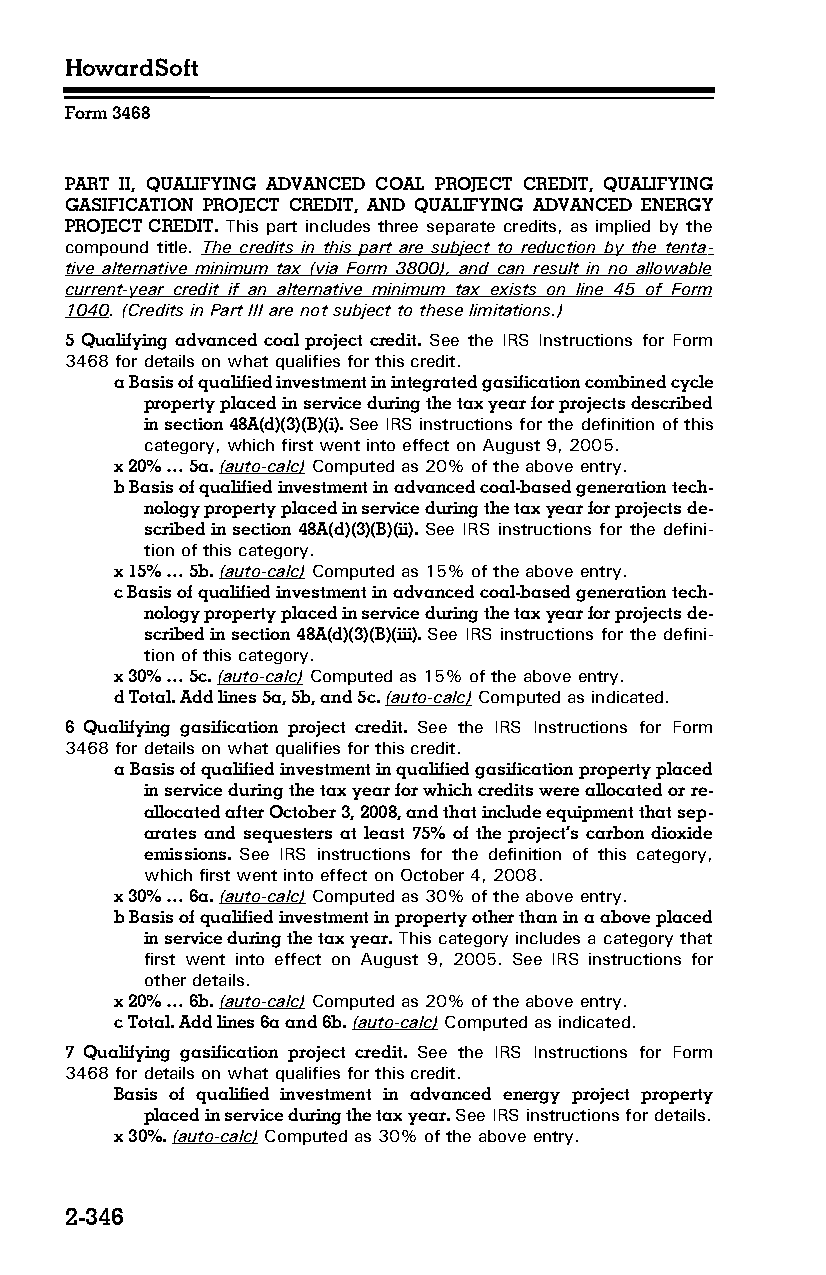
HowardSoft
 Form 3468
 PART II, QUALIFYING ADVANCED COAL PROJECT CREDIT, QUALIFYING
 GASIFICATION PROJECT CREDIT, AND QUALIFYING ADVANCED ENERGY
 PROJECT CREDIT. This part includes three separate credits, as implied by the
 compound title. The credits in this part are subject to reduction by the tenta­
 tive alternative minimum tax (via Form 3800), and can result in no allowable
 current-year credit if an alternative minimum tax exists on line 45 of Form
 1040. (Credits in Part III are not subject to these limitations.)
 5 Qualifying advanced coal project credit. See the IRS Instructions for Form
 3468 for details on what qualifies for this credit.
 a Basis of qualified investment in integrated gasification combined cycle
 property placed in service during the tax year for projects described
 in section 48A(d)(3)(B)(i). See IRS instructions for the definition of this
 category, which first went into effect on August 9, 2005.
 x 20% … 5a. (auto-calc) Computed as 20% of the above entry.
 b Basis of qualified investment in advanced coal-based generation tech­
 nology property placed in service during the tax year for projects de­
 scribed in section 48A(d)(3)(B)(ii). See IRS instructions for the defini­
 tion of this category.
 x 15% … 5b. (auto-calc) Computed as 15% of the above entry.
 c Basis of qualified investment in advanced coal-based generation tech­
 nology property placed in service during the tax year for projects de­
 scribed in section 48A(d)(3)(B)(iii). See IRS instructions for the defini­
 tion of this category.
 x 30% … 5c. (auto-calc) Computed as 15% of the above entry.
 d Total. Add lines 5a, 5b, and 5c. (auto-calc) Computed as indicated.
 6 Qualifying gasification project credit. See the IRS Instructions for Form
 3468 for details on what qualifies for this credit.
 a Basis of qualified investment in qualified gasification property placed
 in service during the tax year for which credits were allocated or re­
 allocated after October 3, 2008, and that include equipment that sep­
 arates and sequesters at least 75% of the project’s carbon dioxide
 emissions. See IRS instructions for the definition of this category,
 which first went into effect on October 4, 2008.
 x 30% … 6a. (auto-calc) Computed as 30% of the above entry.
 b Basis of qualified investment in property other than in a above placed
 in service during the tax year. This category includes a category that
 first went into effect on August 9, 2005. See IRS instructions for
 other details.
 x 20% … 6b. (auto-calc) Computed as 20% of the above entry.
 c Total. Add lines 6a and 6b. (auto-calc) Computed as indicated.
 7 Qualifying gasification project credit. See the IRS Instructions for Form
 3468 for details on what qualifies for this credit.
 Basis of qualified investment in advanced energy project property
 placed in service during the tax year. See IRS instructions for details.
 x 30%. (auto-calc) Computed as 30% of the above entry.
 2-346